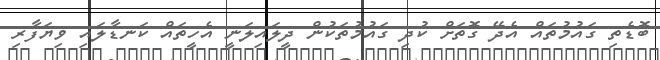
ބޮޑެތި ގައުމުތައް އެދޭ ގޮތަށް ކުދި ގައުމުތަކުން ދީލައިލަނީ އެހީތައް ކަނޑާލައި ވިޔަފާރި